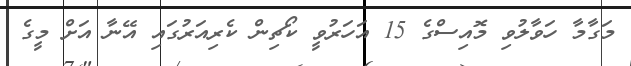
މަގާމާ ހަވާލުވި މޮއިސްގެ 15 އަހަރުވީ ކޯޗިން ކެރިއަރުގައި އޭނާ އަށް މީގެ